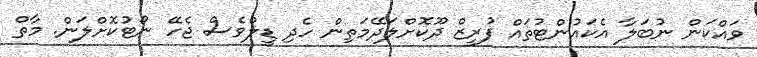
ވައްކަން ނުބަލާ އެކައުންޓުތައް ފުރީޒް ދޫކޮށްލަދޭމަތިން ހެދި ޑީލްވެސް ޖެހޭ ނޯޓުކޮށްލަން. މާތް